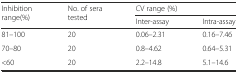
| <ROWSPAN=2> Inhibition range(%) | <ROWSPAN=2> No. of sera tested | <COLSPAN=2> CV range (%) |
 | Inter-assay | Intra-assay |
 | --- | --- | --- | --- |
 | 81–100 | 20 | 0.06–2.31 | 0.16–7.46 |
 | 70–80 | 20 | 0.8–4.62 | 0.64–5.31 |
 | <60 | 20 | 2.2–14.8 | 5.1–14.6 |